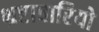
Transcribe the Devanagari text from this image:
भ्रष्टाचारियो